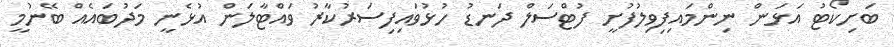
ބަށިކޯޓު އަޅަން ނިންމައިފިވިލުފުށީ ފުޓްސަލް ދަނޑު ހުޅުވައިފިސަރުކާރު ވައްޓާލަން އުޅެނީ މަދުބައެއް ބޭނުމީ